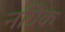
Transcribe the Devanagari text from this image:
नग्रिक